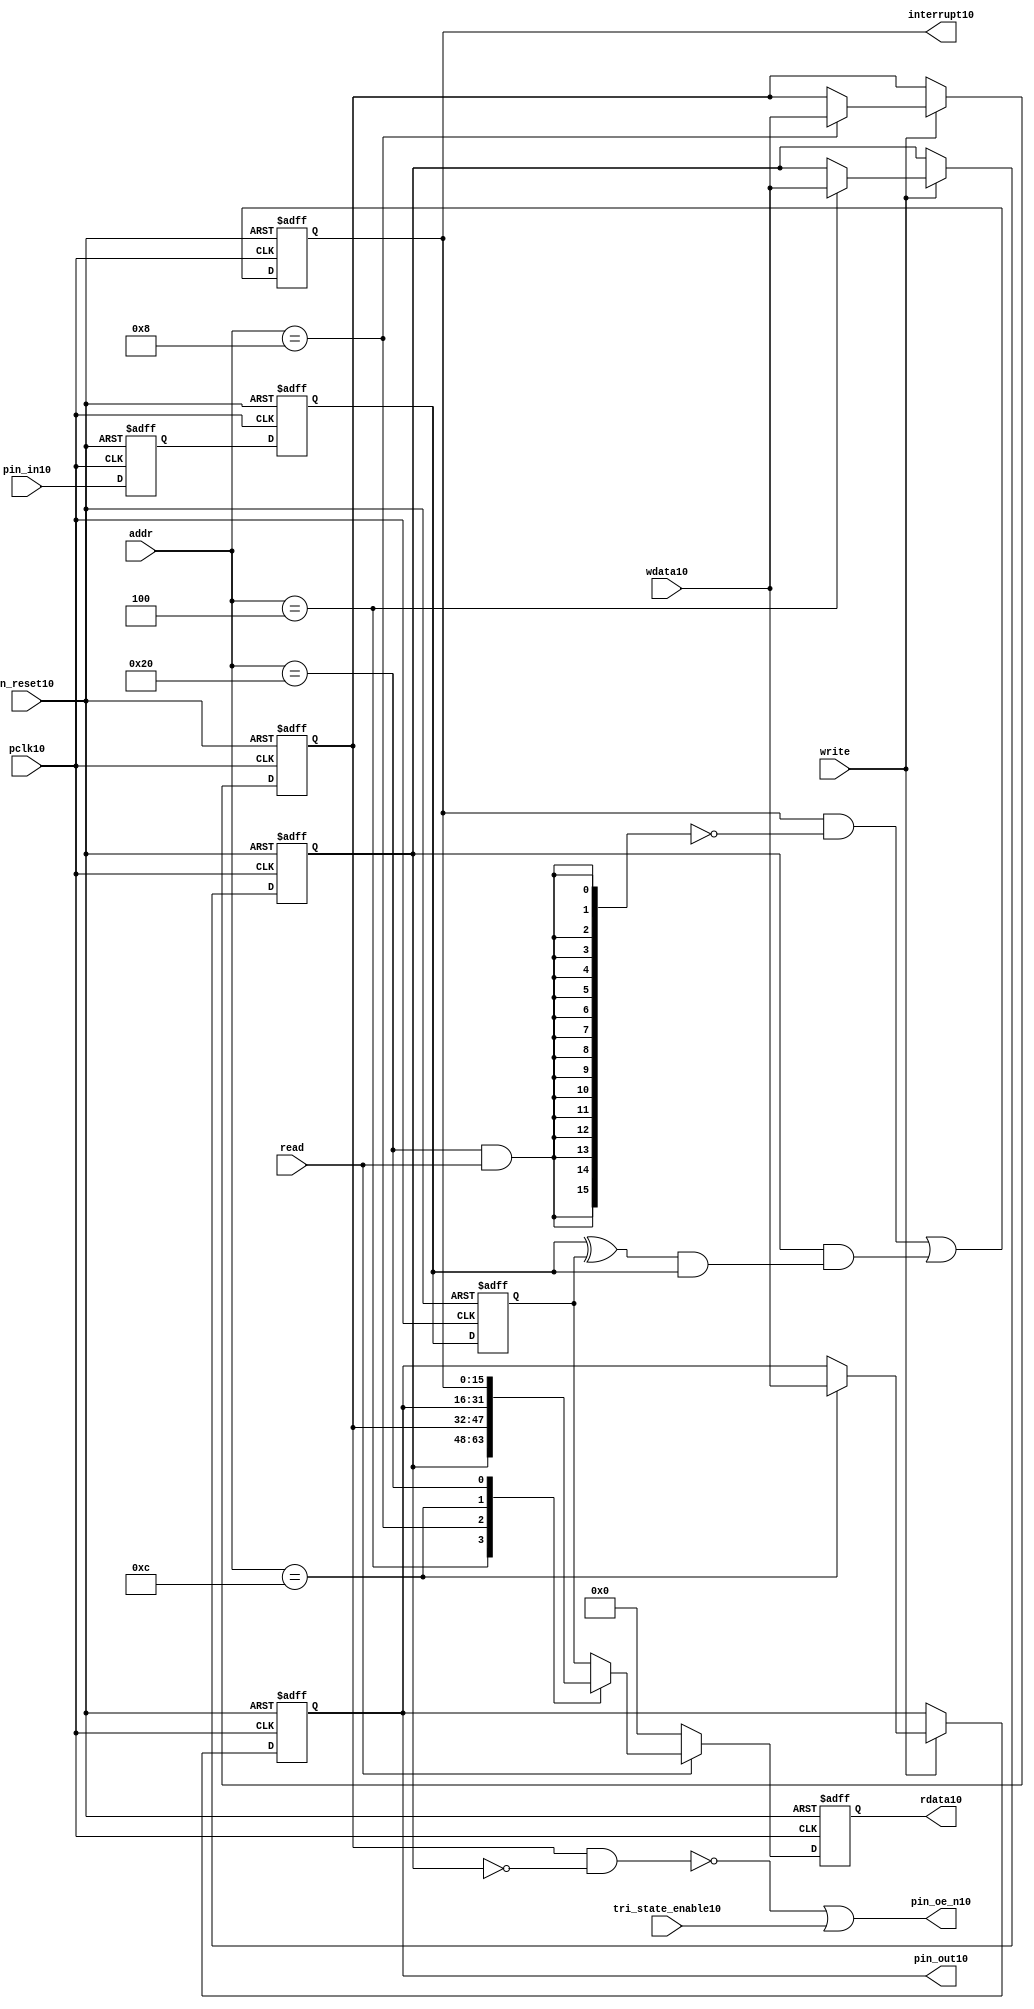
//File10 name   : gpio_lite_subunit10.v
//Title10       : 
//Created10     : 1999
//Description10 : Parametrised10 GPIO10 pin10 circuits10
//Notes10       : 
//----------------------------------------------------------------------
//   Copyright10 1999-2010 Cadence10 Design10 Systems10, Inc10.
//   All Rights10 Reserved10 Worldwide10
//
//   Licensed10 under the Apache10 License10, Version10 2.0 (the
//   "License10"); you may not use this file except10 in
//   compliance10 with the License10.  You may obtain10 a copy of
//   the License10 at
//
//       http10://www10.apache10.org10/licenses10/LICENSE10-2.0
//
//   Unless10 required10 by applicable10 law10 or agreed10 to in
//   writing, software10 distributed10 under the License10 is
//   distributed10 on an "AS10 IS10" BASIS10, WITHOUT10 WARRANTIES10 OR10
//   CONDITIONS10 OF10 ANY10 KIND10, either10 express10 or implied10.  See
//   the License10 for the specific10 language10 governing10
//   permissions10 and limitations10 under the License10.
//----------------------------------------------------------------------


module gpio_lite_subunit10(
  //Inputs10

  n_reset10,
  pclk10,

  read,
  write,
  addr,

  wdata10,
  pin_in10,

  tri_state_enable10,

  //Outputs10
 
  interrupt10,

  rdata10,
  pin_oe_n10,
  pin_out10

);
 
   // Inputs10
   
   // Clocks10   
   input n_reset10;            // asynch10 reset, active low10
   input pclk10;               // Ppclk10

   // Controls10
   input read;               // select10 GPIO10 read
   input write;              // select10 GPIO10 write
   input [5:0] 
         addr;               // address bus of selected master10

   // Dataflow10
   input [15:0]
         wdata10;              // GPIO10 Input10
   input [15:0]
         pin_in10;             // input data from pin10

   //Design10 for Test10 Inputs10
   input [15:0]
         tri_state_enable10;   // disables10 op enable -> Z10




   
   // Outputs10
   
   // Controls10
   output [15:0]
          interrupt10;         // interupt10 for input pin10 change

   // Dataflow10
   output [15:0]
          rdata10;             // GPIO10 Output10
   output [15:0]
          pin_oe_n10;          // output enable signal10 to pin10
   output [15:0]
          pin_out10;           // output signal10 to pin10
   



   
   // Registers10 in module

   //Define10 Physical10 registers in amba_unit10
   reg    [15:0]
          direction_mode10;     // 1=Input10 0=Output10              RW
   reg    [15:0]
          output_enable10;      // Output10 active                 RW
   reg    [15:0]
          output_value10;       // Value outputed10 from reg       RW
   reg    [15:0]
          input_value10;        // Value input from bus          R
   reg    [15:0]
          int_status10;         // Interrupt10 status              R

   // registers to remove metastability10
   reg    [15:0]
          s_synch10;            //stage_two10
   reg    [15:0]
          s_synch_two10;        //stage_one10 - to ext pin10
   
   
    
          
   // Registers10 for outputs10
   reg    [15:0]
          rdata10;              // prdata10 reg
   wire   [15:0]
          pin_oe_n10;           // gpio10 output enable
   wire   [15:0]
          pin_out10;            // gpio10 output value
   wire   [15:0]
          interrupt10;          // gpio10 interrupt10
   wire   [15:0]
          interrupt_trigger10;  // 1 sets10 interrupt10 status
   reg    [15:0]
          status_clear10;       // 1 clears10 interrupt10 status
   wire   [15:0]
          int_event10;          // 1 detects10 an interrupt10 event

   integer ia10;                // loop variable
   


   // address decodes10
   wire   ad_direction_mode10;  // 1=Input10 0=Output10              RW
   wire   ad_output_enable10;   // Output10 active                 RW
   wire   ad_output_value10;    // Value outputed10 from reg       RW
   wire   ad_int_status10;      // Interrupt10 status              R
   
//Register addresses10
//If10 modifying10 the APB10 address (PADDR10) width change the following10 bit widths10
parameter GPR_DIRECTION_MODE10   = 6'h04;       // set pin10 to either10 I10 or O10
parameter GPR_OUTPUT_ENABLE10    = 6'h08;       // contains10 oe10 control10 value
parameter GPR_OUTPUT_VALUE10     = 6'h0C;       // output value to be driven10
parameter GPR_INPUT_VALUE10      = 6'h10;       // gpio10 input value reg
parameter GPR_INT_STATUS10       = 6'h20;       // Interrupt10 status register

//Reset10 Values10
//If10 modifying10 the GPIO10 width change the following10 bit widths10
//parameter GPRV_RSRVD10            = 32'h0000_0000; // Reserved10
parameter GPRV_DIRECTION_MODE10  = 32'h00000000; // Default to output mode
parameter GPRV_OUTPUT_ENABLE10   = 32'h00000000; // Default 3 stated10 outs10
parameter GPRV_OUTPUT_VALUE10    = 32'h00000000; // Default to be driven10
parameter GPRV_INPUT_VALUE10     = 32'h00000000; // Read defaults10 to zero
parameter GPRV_INT_STATUS10      = 32'h00000000; // Int10 status cleared10



   //assign ad_bypass_mode10    = ( addr == GPR_BYPASS_MODE10 );   
   assign ad_direction_mode10 = ( addr == GPR_DIRECTION_MODE10 );   
   assign ad_output_enable10  = ( addr == GPR_OUTPUT_ENABLE10 );   
   assign ad_output_value10   = ( addr == GPR_OUTPUT_VALUE10 );   
   assign ad_int_status10     = ( addr == GPR_INT_STATUS10 );   

   // assignments10
   
   assign interrupt10         = ( int_status10);

   assign interrupt_trigger10 = ( direction_mode10 & int_event10 ); 

   assign int_event10 = ((s_synch10 ^ input_value10) & ((s_synch10)));

   always @( ad_int_status10 or read )
   begin : p_status_clear10

     for ( ia10 = 0; ia10 < 16; ia10 = ia10 + 1 )
     begin

       status_clear10[ia10] = ( ad_int_status10 & read );

     end // for ia10

   end // p_status_clear10

   // p_write_register10 : clocked10 / asynchronous10
   //
   // this section10 contains10 all the code10 to write registers

   always @(posedge pclk10 or negedge n_reset10)
   begin : p_write_register10

      if (~n_reset10)
      
       begin
         direction_mode10  <= GPRV_DIRECTION_MODE10;
         output_enable10   <= GPRV_OUTPUT_ENABLE10;
         output_value10    <= GPRV_OUTPUT_VALUE10;
       end
      
      else 
      
       begin
      
         if (write == 1'b1) // Write value to registers
      
          begin
              
            // Write Mode10
         
            if ( ad_direction_mode10 ) 
               direction_mode10 <= wdata10;
 
            if ( ad_output_enable10 ) 
               output_enable10  <= wdata10;
     
            if ( ad_output_value10 )
               output_value10   <= wdata10;

              

           end // if write
         
       end // else: ~if(~n_reset10)
      
   end // block: p_write_register10



   // p_metastable10 : clocked10 / asynchronous10 
   //
   // This10 process  acts10 to remove  metastability10 propagation
   // Only10 for input to GPIO10
   // In Bypass10 mode pin_in10 passes10 straight10 through

   always @(posedge pclk10 or negedge n_reset10)
      
   begin : p_metastable10
      
      if (~n_reset10)
        begin
         
         s_synch10       <= {16 {1'b0}};
         s_synch_two10   <= {16 {1'b0}};
         input_value10   <= GPRV_INPUT_VALUE10;
         
        end // if (~n_reset10)
      
      else         
        begin
         
         input_value10   <= s_synch10;
         s_synch10       <= s_synch_two10;
         s_synch_two10   <= pin_in10;

        end // else: ~if(~n_reset10)
      
   end // block: p_metastable10


   // p_interrupt10 : clocked10 / asynchronous10 
   //
   // These10 lines10 set and clear the interrupt10 status

   always @(posedge pclk10 or negedge n_reset10)
   begin : p_interrupt10
      
      if (~n_reset10)
         int_status10      <= GPRV_INT_STATUS10;
      
      else 
         int_status10      <= ( int_status10 & ~(status_clear10) // read & clear
                            ) |
                            interrupt_trigger10;             // new interrupt10
        
   end // block: p_interrupt10
   
   
   // p_read_register10  : clocked10 / asynchronous10 
   //
   // this process registers the output values

   always @(posedge pclk10 or negedge n_reset10)

      begin : p_read_register10
         
         if (~n_reset10)
         
           begin

            rdata10 <= {16 {1'b0}};

           end
           
         else //if not reset
         
           begin
         
            if (read == 1'b1)
            
              begin
            
               case (addr)
            
                  
                  GPR_DIRECTION_MODE10:
                     rdata10 <= direction_mode10;
                  
                  GPR_OUTPUT_ENABLE10:
                     rdata10 <= output_enable10;
                  
                  GPR_OUTPUT_VALUE10:
                     rdata10 <= output_value10;
                  
                  GPR_INT_STATUS10:
                     rdata10 <= int_status10;
                  
                  default: // if GPR_INPUT_VALUE10 or unmapped reg addr
                     rdata10 <= input_value10;
            
               endcase
            
              end //end if read
            
            else //in not read
            
              begin // if not a valid read access, keep10 '0'-s 
              
               rdata10 <= {16 {1'b0}};
              
              end //end if not read
              
           end //end else if not reset

      end // p_read_register10


   assign pin_out10 = 
        ( output_value10 ) ;
     
   assign pin_oe_n10 = 
      ( ( ~(output_enable10 & ~(direction_mode10)) ) |
        tri_state_enable10 ) ;

                
  
endmodule // gpio_subunit10